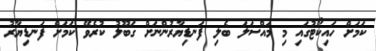
ކަމަށް ހައިކޯޓުގައި މި މައްސަލަ ބެލި ފަނޑިޔާރުންނަށް ގަބޫލު ކުރެވޭ ކަމަށް ފަނޑިޔާރު